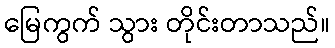
မြေကွက် သွား တိုင်းတာသည်။